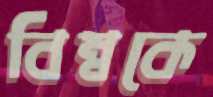
বিম্বকে